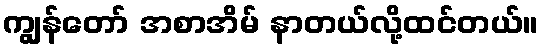
ကျွန်တော် အစာအိမ် နာတယ်လို့ထင်တယ်။